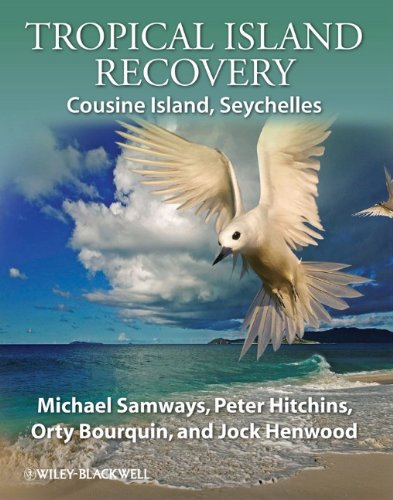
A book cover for Tropical Island Recovery: Cousine Island, Seychelles; Michael Samways; Science & Math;